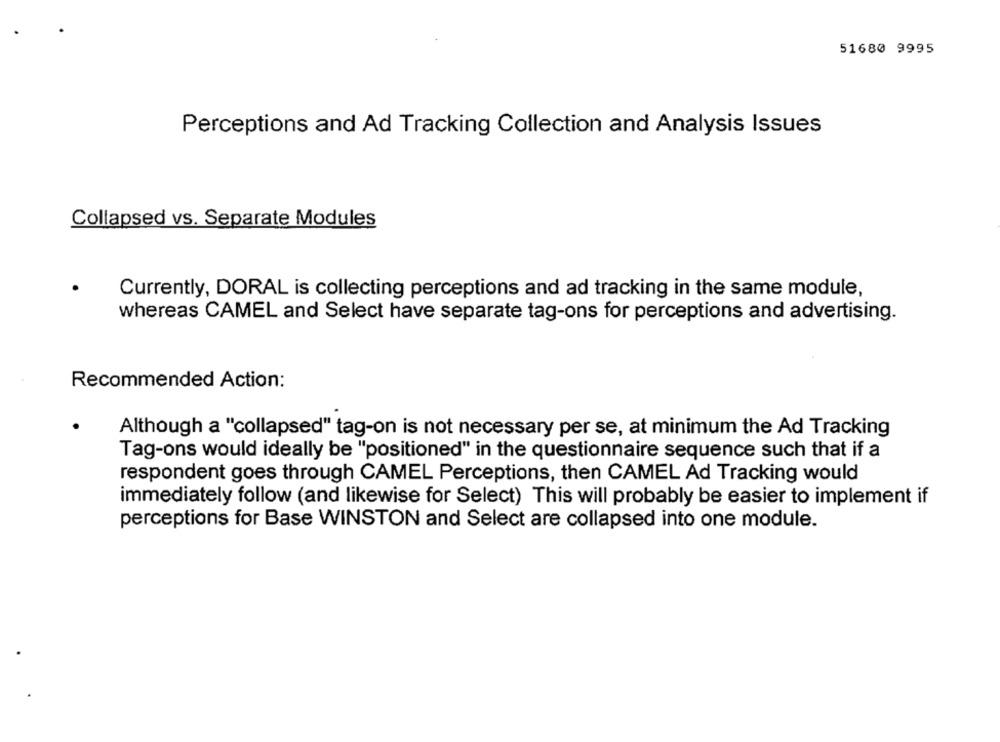
51680 9995
Perceptions and Ad Tracking Collection and Analysis Issues
Collapsed vs. Separate Modules
Currently, DORAL is collecting perceptions and ad tracking in the same module,
whereas CAMEL and Select have separate tag-ons for perceptions and advertising.
Recommended Action:
Although a "collapsed" tag-on is not necessary per se, at minimum the Ad Tracking
Tag-ons would ideally be "positioned" in the questionnaire sequence such that if a
respondent goes through CAMEL Perceptions, then CAMEL Ad Tracking would
immediately follow (and likewise for Select) This will probably be easier to implement if
perceptions for Base WINSTON and Select are collapsed into one module.